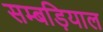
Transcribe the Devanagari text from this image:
सम्बड़ियाल